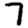
Digit: 7